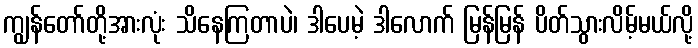
ကျွန်တော်တို့အားလုံး သိနေကြတာပဲ၊ ဒါပေမဲ့ ဒါလောက် မြန်မြန် ပိတ်သွားလိမ့်မယ်လို့